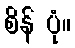
စိန် ပုံ။